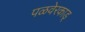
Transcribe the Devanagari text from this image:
पळवेरकाड्